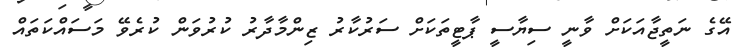
އޭގެ ނަތީޖާއަކަށް ވާނީ ސިޔާސީ ޕާޓީތަކަށް ސަރުކާރު ޒިންމާދާރު ކުރުވަން ކުރެވޭ މަސައްކަތައް